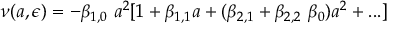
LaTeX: \nu ( a , \epsilon ) = - \beta _ { 1 , 0 } \ a ^ { 2 } [ 1 + \beta _ { 1 , 1 } a + ( \beta _ { 2 , 1 } + \beta _ { 2 , 2 } \ \beta _ { 0 } ) a ^ { 2 } + . . . ]